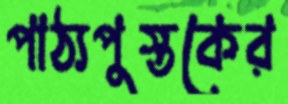
পাঠ্যপুস্তকের